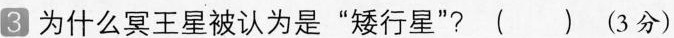
3 为什么冥王星被认为是“矮行星”?( ) (3分)